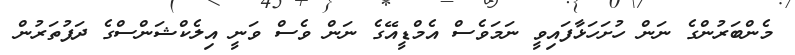
މެންބަރުންގެ ނަން ހުށަހަޅާފައިވީ ނަމަވެސް އެމްޑީއޭގެ ނަން ވެސް ވަނީ އިލެކްޝަންސްގެ ދަފުތަރުން